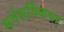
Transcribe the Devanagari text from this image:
सर्वसर्विकया